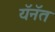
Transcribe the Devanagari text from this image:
यॅनॅत